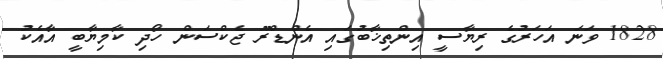
1828 ވަނަ އަހަރުގެ ރިޔާސީ އިންތިޚާބުގައި އެންޑްރޫ ޖެކްސަން ހޯދި ކާމިޔާބީ އާއެކު